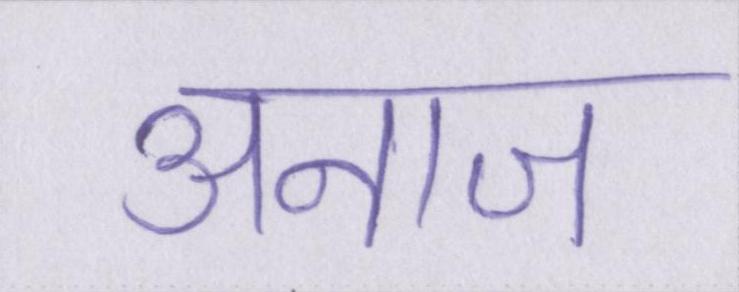
अनाज